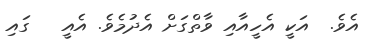
އެވެ.  އަކީ އެހީއާއި ވާތްގަށް އެދުމެވެ. އެއީ   ގައި